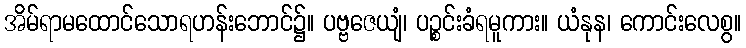
အိမ်ရာမထောင်သောရဟန်းဘောင်၌။ ပဗ္ဗဇေယျံ၊ ပဉ္စင်းခံရမူကား။ ယံနုန၊ ကောင်းလေစွ။